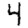
Digit: 4